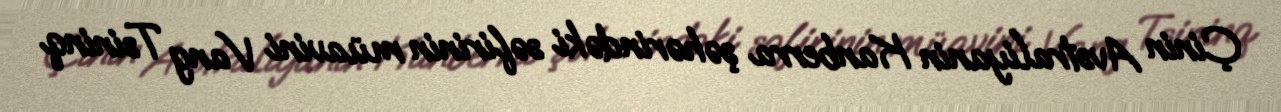
Çinin Avstraliyanin Kanberra şəhərindəki səfirinin müavini Vang Tsininq